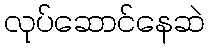
လုပ်ဆောင်နေဆဲ